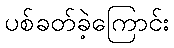
ပစ်ခတ်ခဲ့ကြောင်း